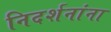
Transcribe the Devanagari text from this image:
निदर्शनांना